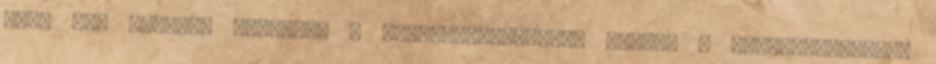
megy fel kávézni vidékről a Gresham-palotába, amikor a földárveréseket